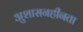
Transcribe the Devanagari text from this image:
अुशासनहीनता